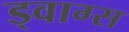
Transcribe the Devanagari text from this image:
ड्वाग्स